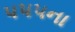
૫૫૫ના